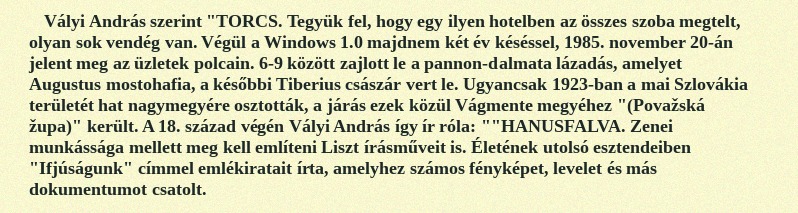
Vályi András szerint "TORCS. Tegyük fel, hogy egy ilyen hotelben az összes szoba megtelt, olyan sok vendég van. Végül a Windows 1.0 majdnem két év késéssel, 1985. november 20-án jelent meg az üzletek polcain. 6-9 között zajlott le a pannon-dalmata lázadás, amelyet Augustus mostohafia, a későbbi Tiberius császár vert le. Ugyancsak 1923-ban a mai Szlovákia területét hat nagymegyére osztották, a járás ezek közül Vágmente megyéhez "(Považská župa)" került. A 18. század végén Vályi András így ír róla: ""HANUSFALVA. Zenei munkássága mellett meg kell említeni Liszt írásműveit is. Életének utolsó esztendeiben "Ifjúságunk" címmel emlékiratait írta, amelyhez számos fényképet, levelet és más dokumentumot csatolt.